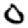
Digit: 0